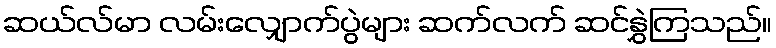
ဆယ်လ်မာ လမ်းလျှောက်ပွဲများ ဆက်လက် ဆင်နွှဲကြသည်။